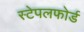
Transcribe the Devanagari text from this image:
स्टेपलफोर्ड